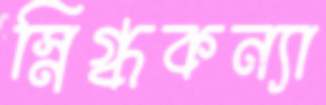
স্নিগ্ধকন্যা